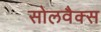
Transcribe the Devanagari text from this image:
सोलवैक्स